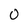
Character: O